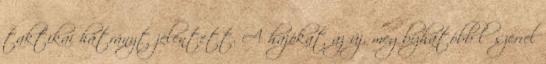
taktikai hátrányt jelentett. A hajókat az új, megbízhatóbb lőszerrel